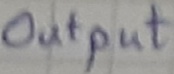
Text: Output